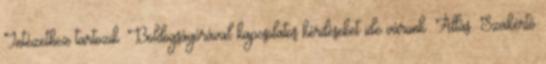
Intézethez tartozik. Boldogságórával kapcsolatos kérdéseket ide várunk: Állás: Szakértő